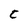
Character: C